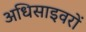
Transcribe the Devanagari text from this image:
अधिसाइवरों